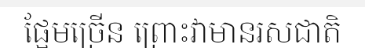
ផ្អែមច្រើន ព្រោះវាមានរសជាតិ